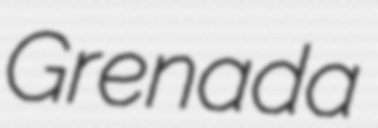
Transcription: Grenada